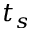
t _ { s }